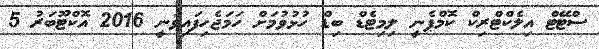
ސްޓޭޓް އިލެކްޓްރިކް ކޮމްޕެނީ ލިމިޓެޑް ބިޑް ހުޅުވުމަށް ހަމަޖެހިފައިވަނީ 2016 އޮކްޓޫބަރު 5